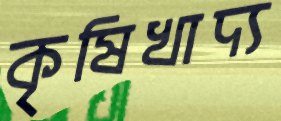
কৃষিখাদ্য